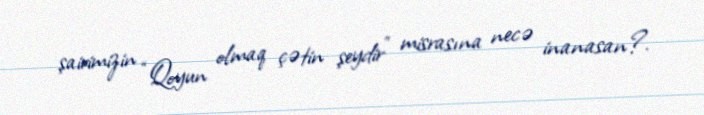
şairimizin “Qoyun olmaq çətin şeydir” misrasına necə inanasan?.